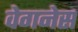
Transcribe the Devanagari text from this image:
वेगनेस